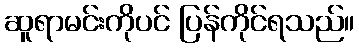
ဆူရာမင်းကိုပင် ပြန်ကိုင်ရသည်။